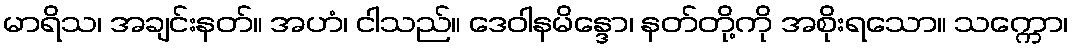
မာရိသ၊ အချင်းနတ်။ အဟံ၊ ငါသည်။ ဒေဝါနမိန္ဒော၊ နတ်တို့ကို အစိုးရသော။ သက္ကော၊